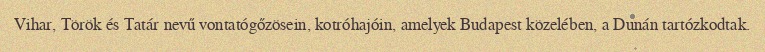
Vihar, Török és Tatár nevű vontatógőzösein, kotróhajóin, amelyek Budapest közelében, a Dunán tartózkodtak.